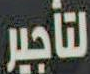
لتأجير